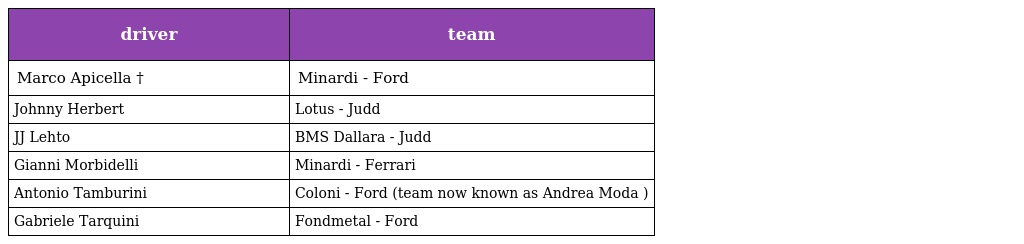
| driver | team |
 | --- | --- |
 | Marco Apicella † | Minardi - Ford |
 | Johnny Herbert | Lotus - Judd |
 | JJ Lehto | BMS Dallara - Judd |
 | Gianni Morbidelli | Minardi - Ferrari |
 | Antonio Tamburini | Coloni - Ford (team now known as Andrea Moda ) |
 | Gabriele Tarquini | Fondmetal - Ford |